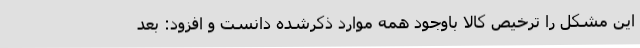
این مشکل را ترخیص کالا باوجود همه موارد ذکرشده دانست و افزود: بعد